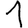
Digit: 1